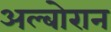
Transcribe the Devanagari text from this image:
अल्बोरान